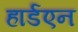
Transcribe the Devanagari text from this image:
हार्डएन